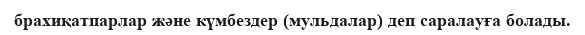
брахиқатпарлар және күмбездер (мульдалар) деп саралауға болады.